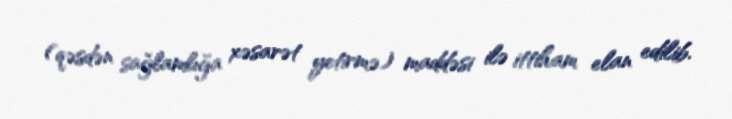
(qəsdən sağlamlığa xəsarət yetirmə) maddəsi ilə ittiham elan edilib.